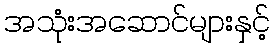
အသုံးအဆောင်များနှင့်